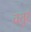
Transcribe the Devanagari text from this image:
चतुरं